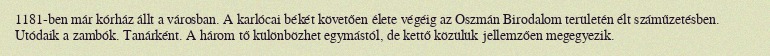
1181-ben már kórház állt a városban. A karlócai békét követően élete végéig az Oszmán Birodalom területén élt száműzetésben. Utódaik a zambók. Tanárként. A három tő különbözhet egymástól, de kettő közülük jellemzően megegyezik.